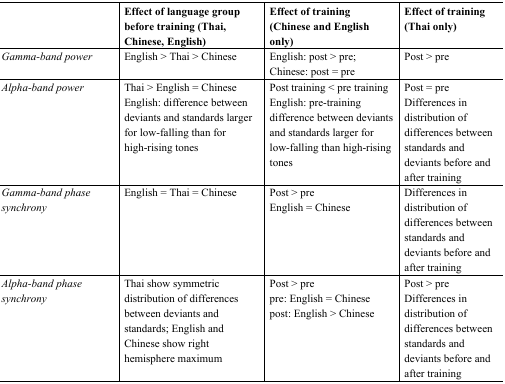
<table><thead><tr><td></td><td><b>Effect of language group before training (Thai, Chinese, English)</b></td><td><b>Effect of training (Chinese and English only)</b></td><td><b>Effect of training (Thai only)</b></td></tr></thead><tbody><tr><td><i>Gamma-band power</i></td><td>English &gt; Thai &gt; Chinese</td><td>English: post &gt; pre; Chinese: post = pre </td><td>Post &gt; pre</td></tr><tr><td><i>Alpha-band power</i></td><td>Thai &gt; English = Chinese English: difference between deviants and standards larger for low-falling than for high-rising tones</td><td>Post training &lt; pre training English: pre-training difference between deviants and standards larger for low-falling than high-rising tones</td><td>Post = pre Differences in distribution of differences between standards and deviants before and after training</td></tr><tr><td><i>Gamma-band phase synchrony</i></td><td>English = Thai = Chinese</td><td>Post &gt; pre English = Chinese</td><td>Differences in distribution of differences between standards and deviants before and after training</td></tr><tr><td><i>Alpha-band phase synchrony</i></td><td>Thai show symmetric distribution of differences between deviants and standards; English and Chinese show right hemisphere maximum</td><td>Post &gt; pre pre: English = Chinese post: English &gt; Chinese </td><td>Post &gt; pre Differences in distribution of differences between standards and deviants before and after training</td></tr></tbody></table>